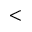
<